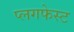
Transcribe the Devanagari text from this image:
प्लगफेस्ट